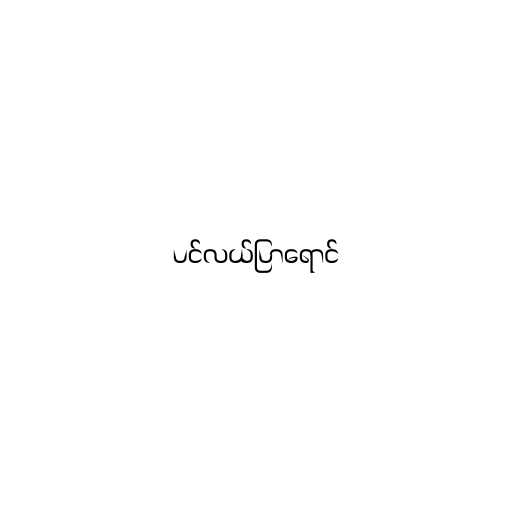
ပင်လယ်ပြာရောင်